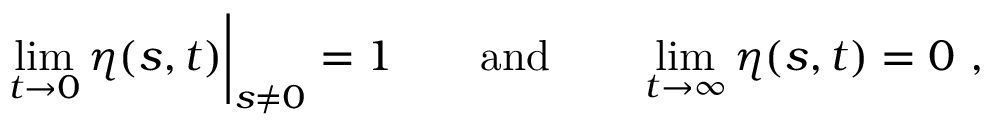
\operatorname * { l i m } _ { t \to 0 } \eta ( s , t ) \bigg | _ { s \neq 0 } = 1 \qquad \mathrm { a n d } \qquad \operatorname * { l i m } _ { t \to \infty } \eta ( s , t ) = 0 \ ,